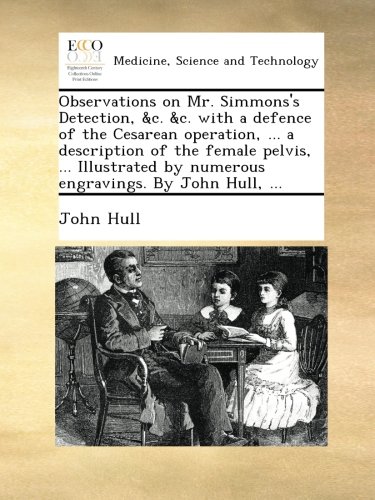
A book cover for Observations on Mr. Simmons's Detection, &c. &c. with a defence of the Cesarean operation, ... a description of the female pelvis, ... Illustrated by numerous engravings. By John Hull, ...; John Hull; Medical Books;